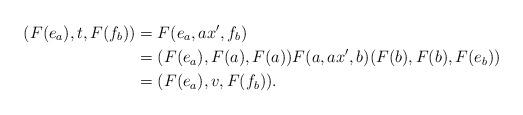
LaTeX: \begin{align*}(F(e_a),t,F(f_b))&= F(e_a,ax',f_b)\\ &=(F(e_a),F(a),F(a))F(a,ax',b)(F(b),F(b),F(e_b))\\ &= (F(e_a),v,F(f_b)).\end{align*}